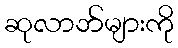
ဆုလာဘ်များကို